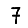
Digit: 7